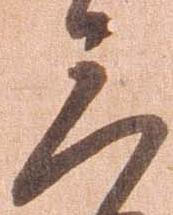
三